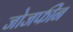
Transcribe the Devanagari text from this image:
जोजफीन